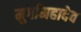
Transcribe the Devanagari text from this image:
मुर्गामहादेव